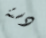
دستة